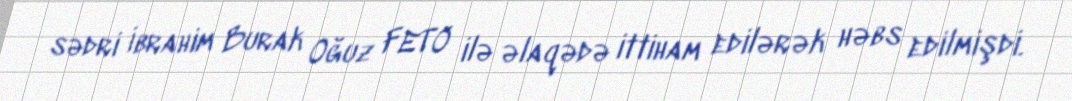
sədri İbrahim Burak Oğuz FETÖ ilə əlaqədə ittiham edilərək həbs edilmişdi.